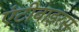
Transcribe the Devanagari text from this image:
एंटीवाइरस